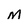
Character: M